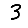
Digit: 3